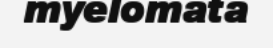
myelomata